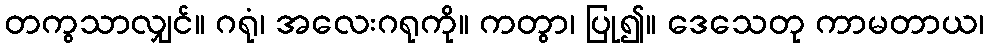
တကွသာလျှင်။ ဂရုံ၊ အလေးဂရုကို။ ကတွာ၊ ပြု၍။ ဒေသေတု ကာမတာယ၊